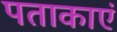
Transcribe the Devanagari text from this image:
पताकाएं